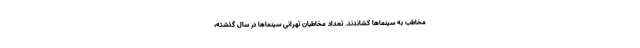
مخاطب به سینماها کشاندند. تعداد مخاطبان تهرانی سینماها در سال گذشته،